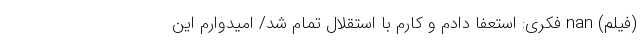
(فیلم) nan فکری: استعفا دادم و کارم با استقلال تمام شد/ امیدوارم این